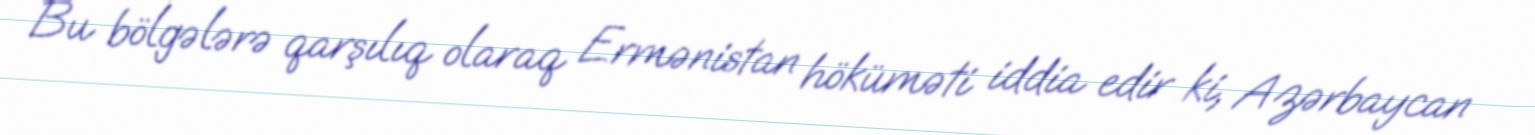
Bu bölgələrə qarşılıq olaraq Ermənistan höküməti iddia edir ki, Azərbaycan